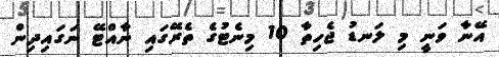
އޭނާ ވަނީ މި ލަނޑު ޖެހިތާ 10 މިނެޓުގެ ތެރޭގައި ނާއްޓޭ ނަގައިދިން